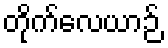
တိုက်လေယာဉ်